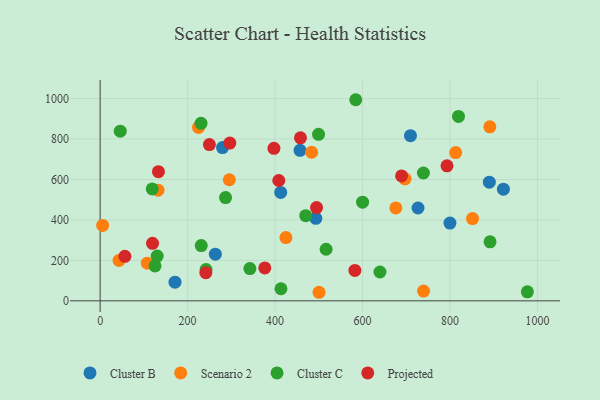
{"axis": {"x": "Study Hours", "y": "Demand"}, "legend": ["Cluster B", "Cluster C", "Projected", "Scenario 2"], "data": [{"x": "171.2", "y": 92.0, "type": "Cluster B"}, {"x": "726.8", "y": 458.8, "type": "Cluster B"}, {"x": "263.4", "y": 230.5, "type": "Cluster B"}, {"x": "709.6", "y": 816.5, "type": "Cluster B"}, {"x": "922.1", "y": 551.7, "type": "Cluster B"}, {"x": "799.9", "y": 384.2, "type": "Cluster B"}, {"x": "457.1", "y": 744.0, "type": "Cluster B"}, {"x": "493.2", "y": 408.0, "type": "Cluster B"}, {"x": "279.8", "y": 757.5, "type": "Cluster B"}, {"x": "889.9", "y": 586.7, "type": "Cluster B"}, {"x": "412.9", "y": 535.6, "type": "Cluster B"}, {"x": "851.5", "y": 406.5, "type": "Scenario 2"}, {"x": "483.6", "y": 734.4, "type": "Scenario 2"}, {"x": "500.5", "y": 42.3, "type": "Scenario 2"}, {"x": "813.0", "y": 732.9, "type": "Scenario 2"}, {"x": "43.2", "y": 199.8, "type": "Scenario 2"}, {"x": "224.9", "y": 857.3, "type": "Scenario 2"}, {"x": "739.5", "y": 48.4, "type": "Scenario 2"}, {"x": "5.7", "y": 372.8, "type": "Scenario 2"}, {"x": "295.4", "y": 598.4, "type": "Scenario 2"}, {"x": "424.8", "y": 312.7, "type": "Scenario 2"}, {"x": "697.2", "y": 603.2, "type": "Scenario 2"}, {"x": "107.8", "y": 186.1, "type": "Scenario 2"}, {"x": "132.4", "y": 546.9, "type": "Scenario 2"}, {"x": "676.1", "y": 459.1, "type": "Scenario 2"}, {"x": "891.0", "y": 860.1, "type": "Scenario 2"}, {"x": "46.0", "y": 838.6, "type": "Cluster C"}, {"x": "499.4", "y": 823.0, "type": "Cluster C"}, {"x": "600.1", "y": 487.8, "type": "Cluster C"}, {"x": "976.9", "y": 44.3, "type": "Cluster C"}, {"x": "584.5", "y": 994.0, "type": "Cluster C"}, {"x": "286.8", "y": 510.4, "type": "Cluster C"}, {"x": "230.7", "y": 877.6, "type": "Cluster C"}, {"x": "119.2", "y": 553.0, "type": "Cluster C"}, {"x": "125.5", "y": 172.6, "type": "Cluster C"}, {"x": "242.2", "y": 154.4, "type": "Cluster C"}, {"x": "231.2", "y": 273.2, "type": "Cluster C"}, {"x": "739.2", "y": 631.9, "type": "Cluster C"}, {"x": "130.5", "y": 221.3, "type": "Cluster C"}, {"x": "413.5", "y": 59.6, "type": "Cluster C"}, {"x": "639.8", "y": 142.5, "type": "Cluster C"}, {"x": "470.1", "y": 420.7, "type": "Cluster C"}, {"x": "516.7", "y": 254.9, "type": "Cluster C"}, {"x": "891.5", "y": 291.7, "type": "Cluster C"}, {"x": "342.4", "y": 159.5, "type": "Cluster C"}, {"x": "819.4", "y": 911.6, "type": "Cluster C"}, {"x": "397.4", "y": 753.7, "type": "Projected"}, {"x": "296.5", "y": 779.6, "type": "Projected"}, {"x": "408.5", "y": 594.7, "type": "Projected"}, {"x": "793.1", "y": 667.5, "type": "Projected"}, {"x": "689.3", "y": 617.3, "type": "Projected"}, {"x": "133.3", "y": 638.2, "type": "Projected"}, {"x": "582.5", "y": 150.1, "type": "Projected"}, {"x": "458.1", "y": 805.8, "type": "Projected"}, {"x": "249.8", "y": 772.1, "type": "Projected"}, {"x": "119.8", "y": 284.2, "type": "Projected"}, {"x": "56.6", "y": 220.0, "type": "Projected"}, {"x": "494.8", "y": 460.8, "type": "Projected"}, {"x": "376.5", "y": 162.5, "type": "Projected"}, {"x": "241.7", "y": 139.3, "type": "Projected"}]}